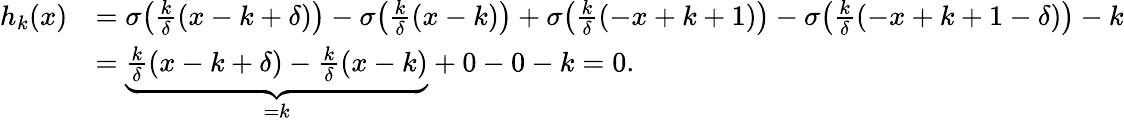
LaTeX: \begin{array}{rl}{h_{k}(x)}&{=\sigma\big(\frac{k}{\delta}(x-k+\delta)\big)-\sigma\big(\frac{k}{\delta}(x-k)\big)+\sigma\big(\frac{k}{\delta}(-x+k+1)\big)-\sigma\big(\frac{k}{\delta}(-x+k+1-\delta)\big)-k}\\ &{=\underbrace{\frac{k}{\delta}(x-k+\delta)-\frac{k}{\delta}(x-k)}_{=k}+0-0-k=0.}\end{array}